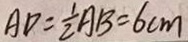
A D = \frac { 1 } { 2 } A B = 6 c m